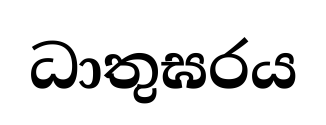
ධාතුඝරය